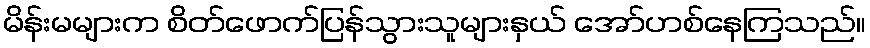
မိန်းမများက စိတ်ဖောက်ပြန်သွားသူများနှယ် အော်ဟစ်နေကြသည်။